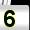
Digit: 5